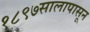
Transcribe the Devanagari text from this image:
१८९७सालापासून